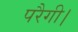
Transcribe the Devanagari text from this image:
परैगी।